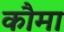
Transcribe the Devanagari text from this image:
कौमा